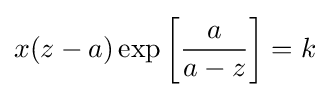
x(z-a)\exp \left[{\frac {a}{a-z}}\right]=k